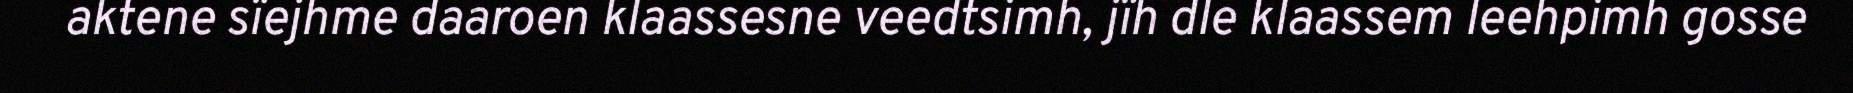
aktene sïejhme daaroen klaassesne veedtsimh, jïh dle klaassem leehpimh gosse